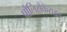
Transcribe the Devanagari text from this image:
पौलिसैकेराइड